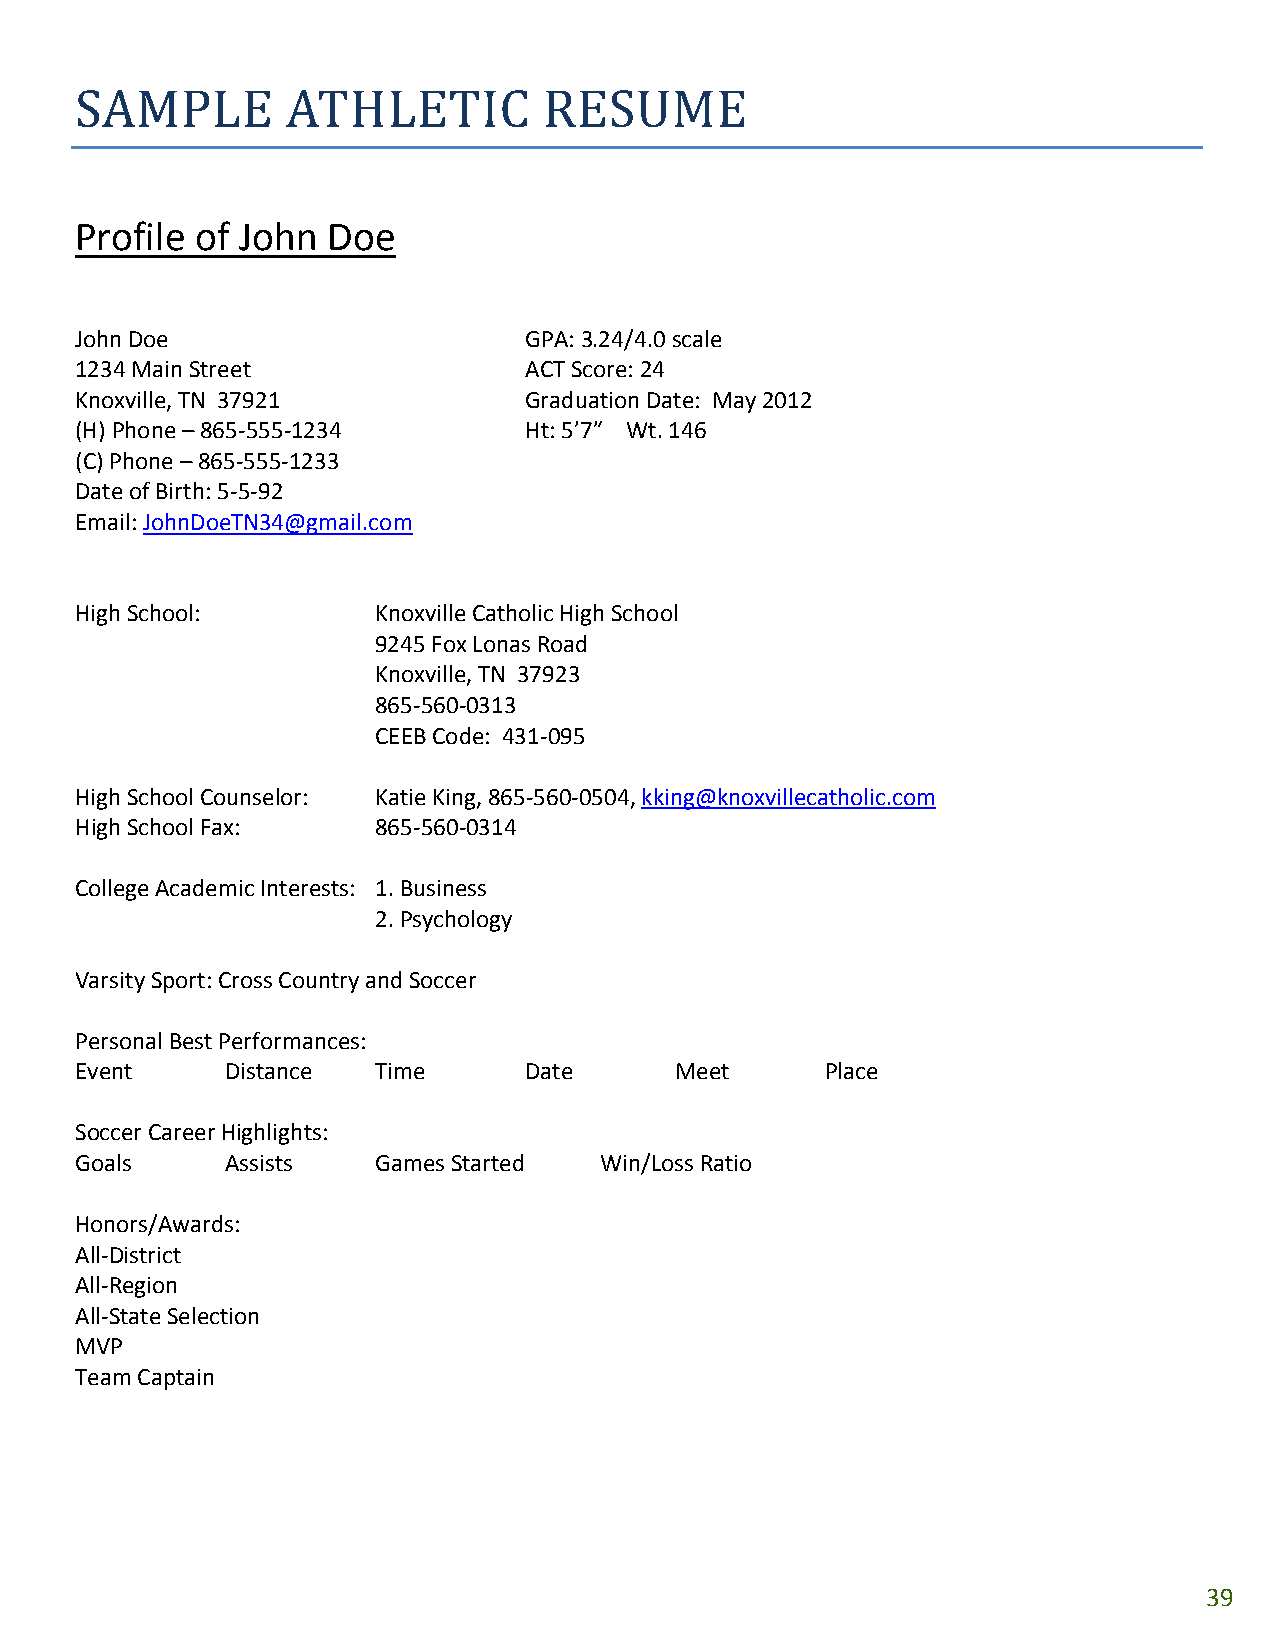
SAMPLE        ATHLETIC         RESUME
 Profile of John  Doe
 John Doe                 GPA:    3.24/4.0 scale
 1234 Main Street         ACT     Score: 24
 Knoxville, TN 37921      Graduation   Date: May 2012
 (H) Phone – 865‐555‐1234      Ht: 5’7” Wt. 146
 (C) Phone – 865‐555‐1233
 Date of Birth: 5‐5‐92
 Email: JohnDoeTN34@gmail.com
 High School:        Knoxville Catholic High School
 9245         Fox Lonas Road
 Knoxville,  TN 37923
 865    ‐560‐0313
 CEEB     Code: 431‐095
 High School Counselor: Katie King, 865‐560‐0504, kking@knoxvillecatholic.com
 High School Fax:    865‐560‐0314
 College Academic Interests: 1. Business
 2.    Psychology
 Varsity Sport: Cross Country and Soccer
 Personal Best Performances:
 Event     Distance  Time      Date      Meet      Place
 Soccer Career Highlights:
 Goals     Assists   Games Started  Win/Loss Ratio
 Honors/Awards:
 All‐District
 All‐Region
 All‐State Selection
 MVP
 Team Captain
 39